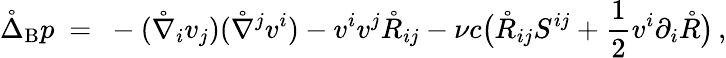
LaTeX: \mathring{\Delta}_{\mathrm{B}}p\ =\ -(\mathring{\nabla}_{i}v_{j})(\mathring{\nabla}^{j}v^{i})-v^{i}v^{j}\mathring{R}_{ij}-\nu c\big(\mathring{R}_{ij}S^{ij}+\frac 12v^{i}\partial_{i}\mathring{R}\big)\, ,